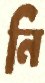
নি